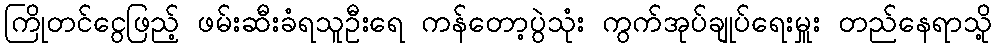
ကြိုတင်ငွေဖြည့် ဖမ်းဆီးခံရသူဦးရေ ကန်တော့ပွဲသုံး ကွက်အုပ်ချုပ်ရေးမှူး တည်နေရာသို့